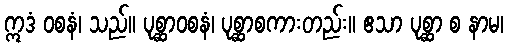
ဣဒံ ဝစနံ၊ သည်။ ပုစ္ဆာဝစနံ၊ ပုစ္ဆာစကားတည်း။ ဧသာ ပုစ္ဆာ စ နာမ၊